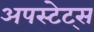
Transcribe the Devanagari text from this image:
अपस्टेट्स